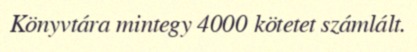
Könyvtára mintegy 4000 kötetet számlált.